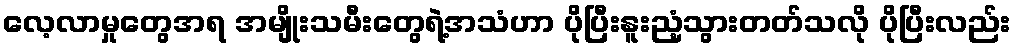
လေ့လာမှုတွေအရ အမျိုးသမီးတွေရဲ့အသံဟာ ပိုပြီးနူးညံ့သွားတတ်သလို ပိုပြီးလည်း